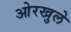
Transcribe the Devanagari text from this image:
ओरखुले